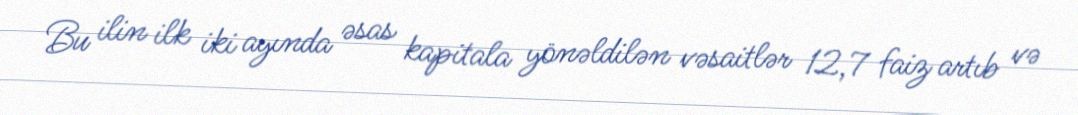
Bu ilin ilk iki ayında əsas kapitala yönəldilən vəsaitlər 12,7 faiz artıb və